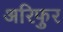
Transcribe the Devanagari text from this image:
अरिफुर